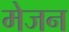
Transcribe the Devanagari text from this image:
मेजन